65_HS1-834228961_62-HQ-83894_Section_1
Agency: FBI
Page 151
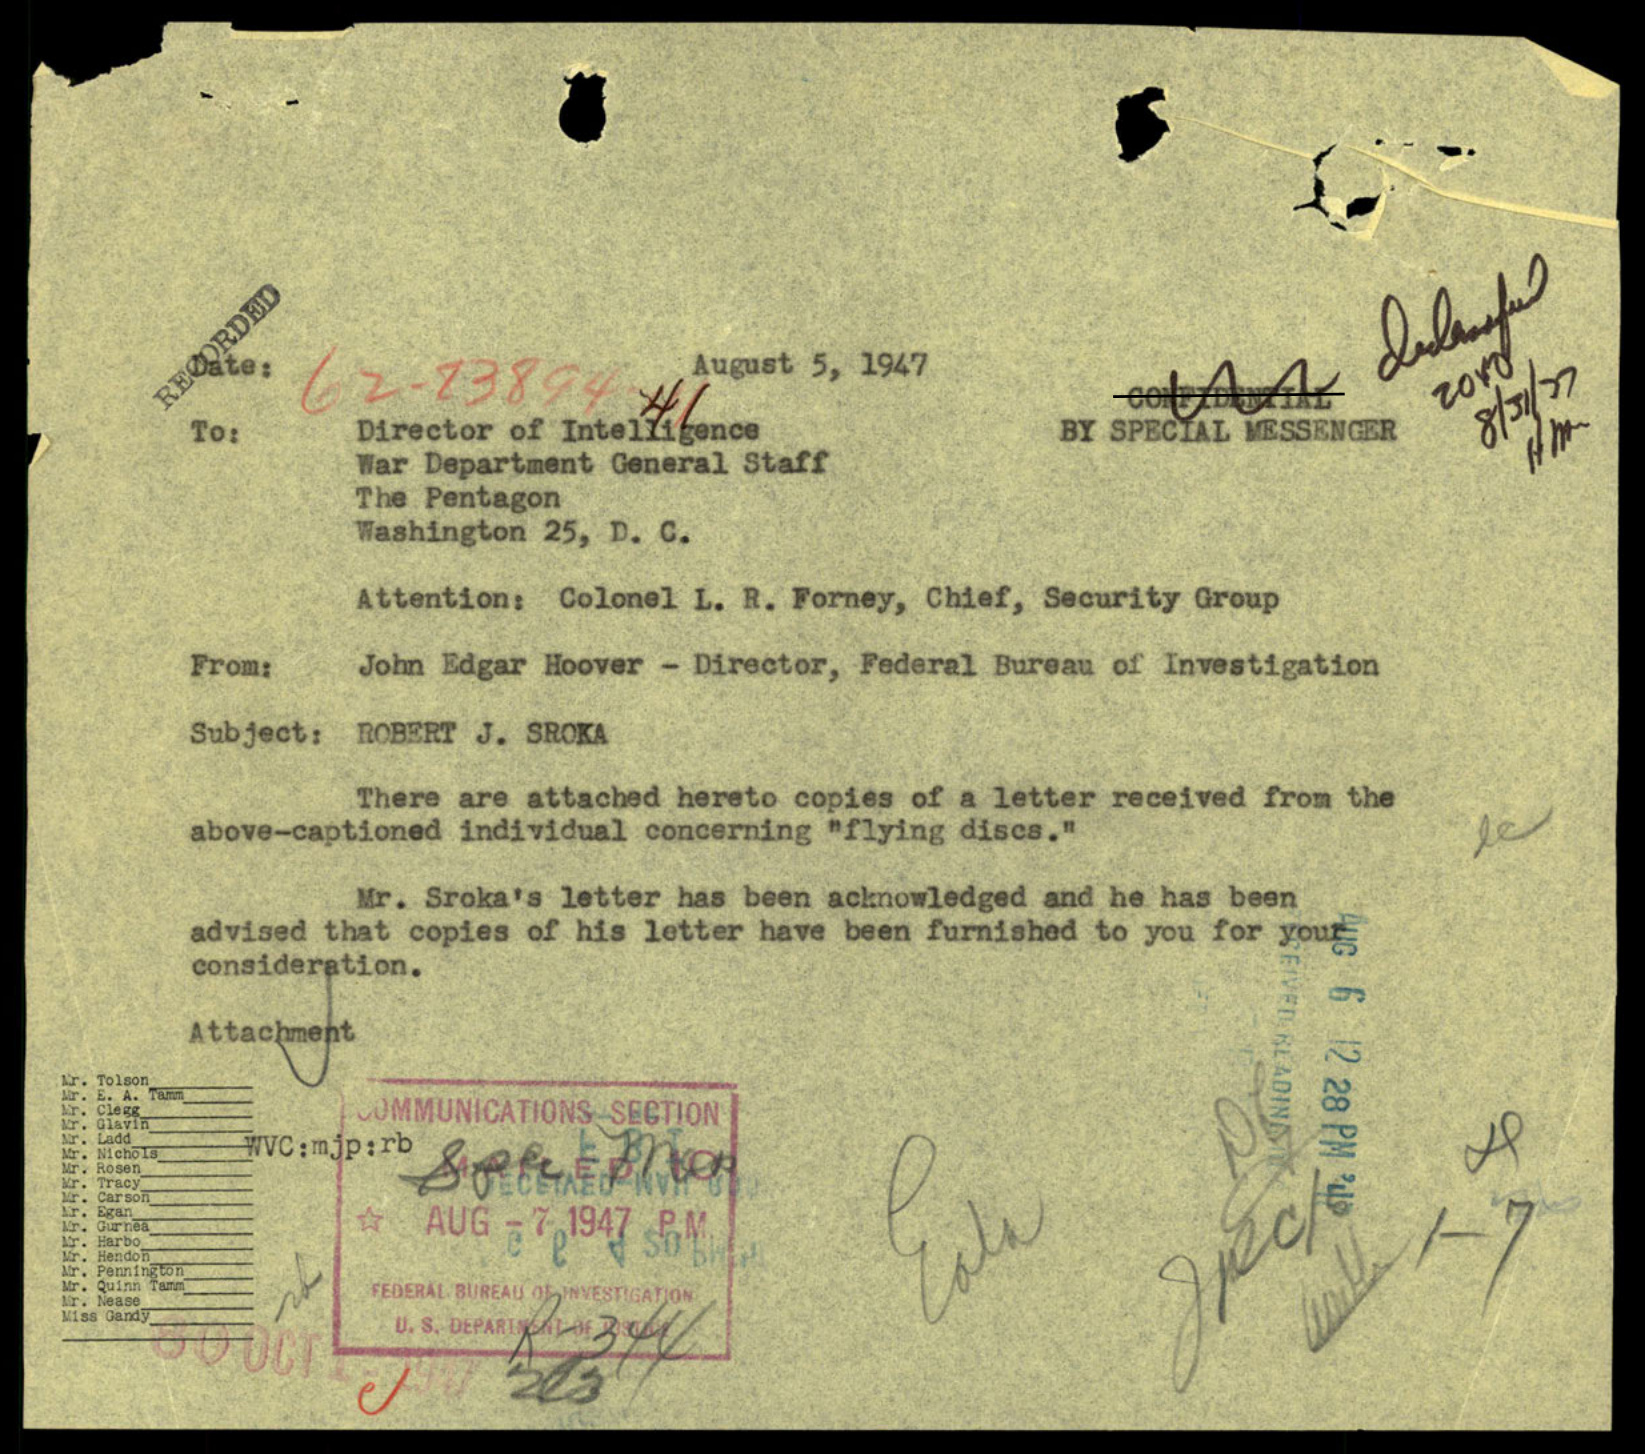